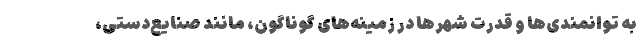
به توانمندی‌ها و قدرت شهرها در زمینه‌های گوناگون، مانند صنایع‌دستی،